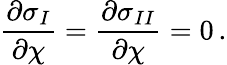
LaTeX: {\frac{\partial\sigma_{I}}{\partial\chi}}={\frac{\partial\sigma_{II}}{\partial\chi}}=0\, .